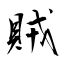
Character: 賊